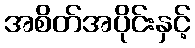
အစိတ်အပိုင်းနှင့်